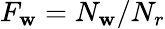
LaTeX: F_{\mathbf{w}}=N_{\mathbf{w}}/N_{r}